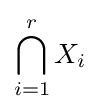
\bigcap _{i=1}^{r}X_{i}